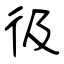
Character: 彶